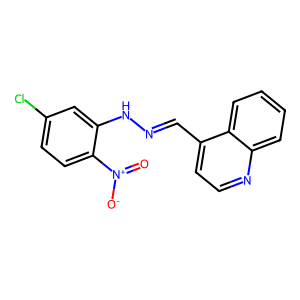
SMILES: O=[N+]([O-])c1ccc(Cl)cc1NN=Cc1ccnc2ccccc12
Inhibits HIV replication: No